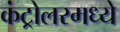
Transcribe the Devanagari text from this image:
कंट्रोलरमध्ये